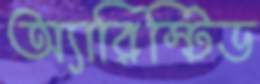
অ্যারিস্টিড